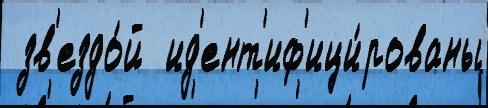
 зв'ездо́й  ид'ент'иф'ици́рованы